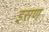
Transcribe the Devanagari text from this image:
इसण